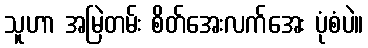
သူဟာ အမြဲတမ်း စိတ်အေးလက်အေး ပုံစံပဲ။